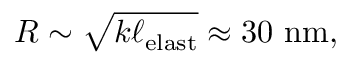
R \sim \sqrt { k \ell _ { \mathrm { e l a s t } } } \approx 3 0 ~ \mathrm { n m } ,